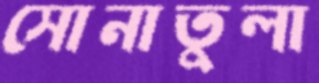
সোনাতুলা